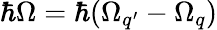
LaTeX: \hbar\Omega=\hbar(\Omega_{q^{\prime}}-\Omega_{q})